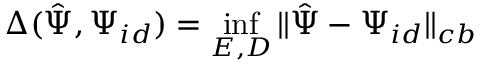
\Delta ( { \hat { \Psi } } , \Psi _ { i d } ) = \operatorname* { i n f } _ { E , D } \| { \hat { \Psi } } - \Psi _ { i d } \| _ { c b }